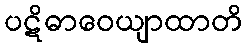
ပဋိဓာဝေယျာထာတိ